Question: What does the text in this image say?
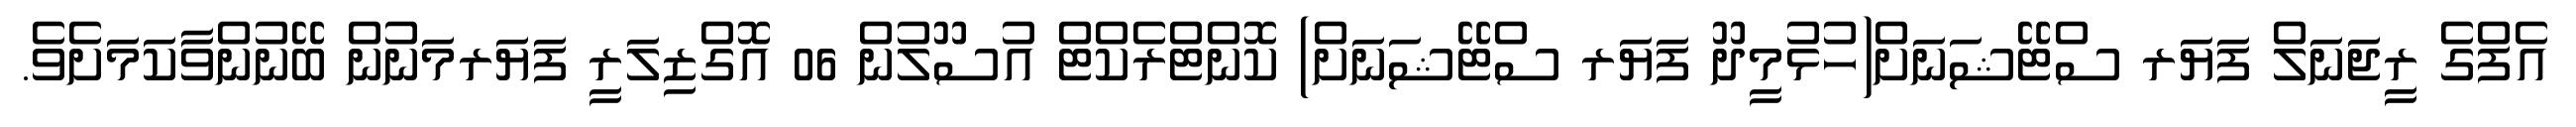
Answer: އެފްގެ ރީޖަނަލް ފަޔަރ ސްޓޭޝަނަށް(ހުޅުމީދޫ ފަޔަރ ސްޓޭޝަނަށް) ކޮންޓްރެކްޓް އުސޫލުން 06 އޮގްޒިލަރީ ފަޔަރމަނުން ބޭނުންވާކަމަށެވެ.